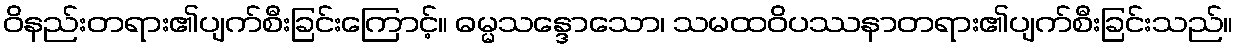
ဝိနည်းတရား၏ပျက်စီးခြင်းကြောင့်။ ဓမ္မသန္ဒောသော၊ သမထဝိပဿနာတရား၏ပျက်စီးခြင်းသည်။